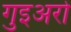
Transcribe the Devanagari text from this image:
गुइअरो